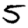
Digit: 5